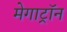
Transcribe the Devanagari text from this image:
मेगाट्रॉन